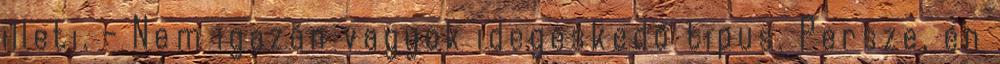
illeti. - Nem igazán vagyok idegeskedő tipus. Persze, én